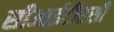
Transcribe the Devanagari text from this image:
सीआईटीएसी